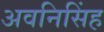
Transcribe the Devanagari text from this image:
अवनिसिंह